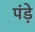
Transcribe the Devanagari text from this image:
पंड़े